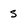
Character: s